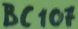
Text: BC107